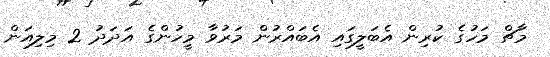
މާޗް މަހުގެ ކުރިން އެބަލީގައި އެބައްރުން މަރުވާ މީހުންގެ އަދަދު 2 މިލިއަން